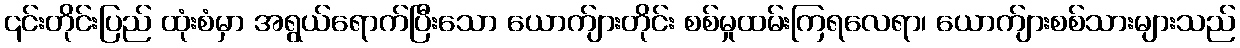
၎င်းတိုင်းပြည် ထုံးစံမှာ အရွယ်ရောက်ပြီးသော ယောက်ျားတိုင်း စစ်မှုထမ်းကြရလေရာ၊ ယောက်ျားစစ်သားများသည်